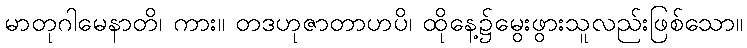
မာတုဂါမေနာတိ၊ ကား။ တဒဟုဇာတာဟပိ၊ ထိုနေ့၌မွေးဖွားသူလည်းဖြစ်သော။